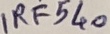
Text: IRF540